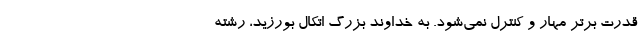
قدرت برتر مهار و کنترل نمی‌شود. به خداوند بزرگ اتکال بورزید، رشته